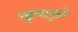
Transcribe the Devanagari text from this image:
खुनामुळे